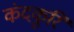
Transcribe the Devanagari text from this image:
कंदकूरि